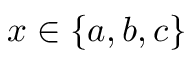
x \in \{ a , b , c \}